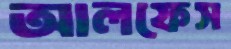
আলফেস